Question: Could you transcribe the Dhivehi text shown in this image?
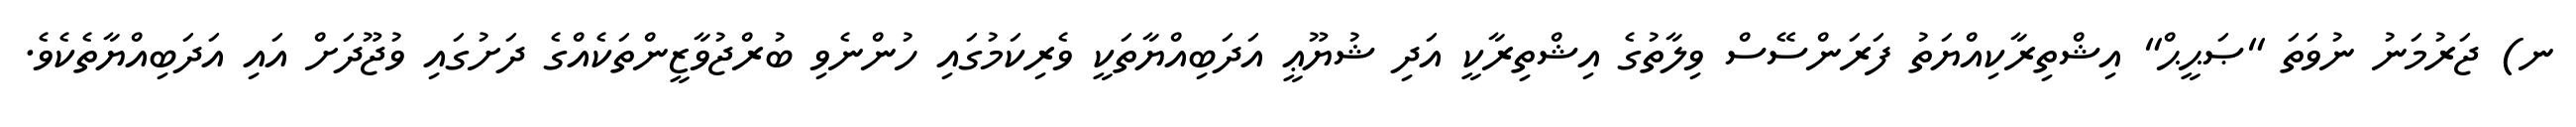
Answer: ނ) ޖަރުމަނު ނުވަތަ "ޞަޙީޙް" އިޝްތިރާކިއްޔަތު ފަރަންސޭސް ވިލާތުގެ އިޝްތިރާކީ އަދި ޝުޔޫޢީ އަދަބިއްޔާތަކީ ވެރިކަމުގައި ހުންނެވި ބުރްޖުވާޒީންތަކެއްގެ ދަށުގައި ވުޖޫދަށް އައި އަދަބިއްޔާތެކެވެ.